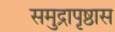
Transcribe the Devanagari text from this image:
समुद्रापृष्ठास